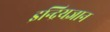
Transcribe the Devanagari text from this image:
इन्द्रियज्ञान